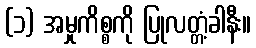
(၁) အမှုကိစ္စကို ပြုလတ္တံ့ခါနီး။